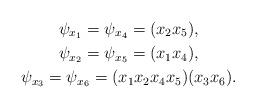
LaTeX: \begin{gather*}\psi_{x_1}=\psi_{x_4}=(x_2x_5),\\\psi_{x_2}=\psi_{x_5}=(x_1x_4),\\\psi_{x_3}=\psi_{x_6}=(x_1x_2x_4x_5)(x_3x_6).\end{gather*}